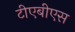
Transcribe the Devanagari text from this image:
टीएबीएस